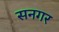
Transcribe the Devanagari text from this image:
सनगर